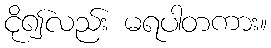
ငို၍လည်း မရပါတကား။